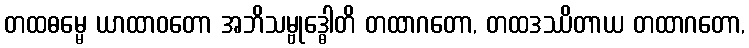
တထဓမ္မေ ယာထာဝတော အဘိသမ္ဗုဒ္ဓေါတိ တထာဂတော, တထဒဿိတာယ တထာဂတော,